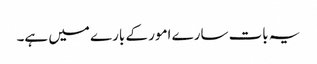
یہ بات سارے امور کے بارے میں ہے۔